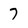
Character: 7